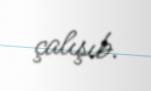
çalışıb.